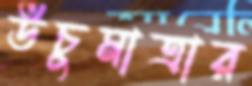
উঁচুমাত্রার